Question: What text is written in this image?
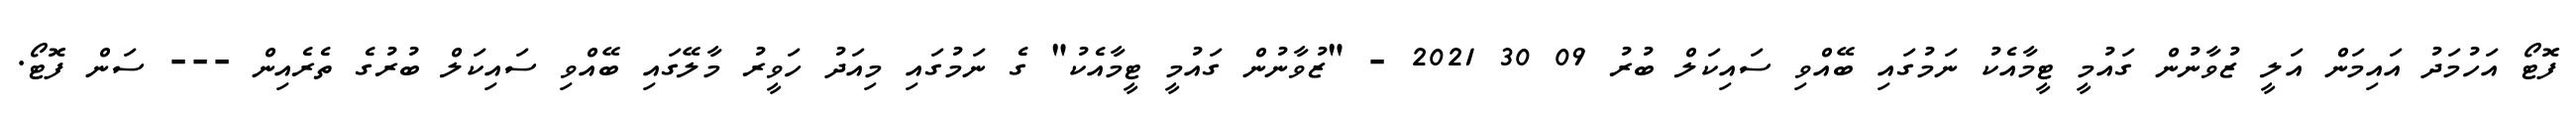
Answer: ފޮޓޯ އަހުމަދު އައިމަން އަލީ ޒުވާނުން ގައުމީ ޓީމާއެކު ނަމުގައި ބޭއްވި ސައިކަލް ބުރު 09 30 2021 - "ޒުވާނުން ގައުމީ ޓީމާއެކު" ގެ ނަމުގައި މިއަދު ހަވީރު މާލޭގައި ބޭއްވި ސައިކަލް ބުރުގެ ތެރެއިން --- ސަން ފޮޓޯ.